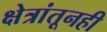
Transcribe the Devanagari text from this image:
क्षेत्रांतूनही